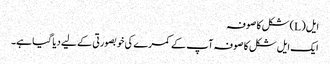
ایل (L) شکل کا صوفہ
ایک ایل شکل کا صوفہ آپ کے کمرے کی خوبصورتی کے لیے دیا گیا ہے۔